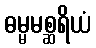
ဓမ္မမစ္ဆရိယံ